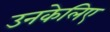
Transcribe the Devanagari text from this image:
उनकेलिए